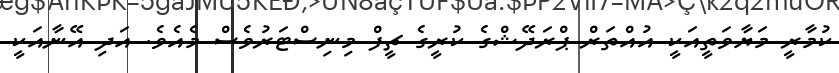
ކުމާރީ މަޔާވަތީއަކީ އުއްތަރް ޕްރަދޭޝްގެ ކުރީގެ ޗީފް މިނިސްޓަރުވެސް މެއެވެ. އަދި އޭނާއަކީ